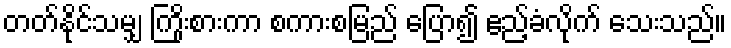
တတ်နိုင်သမျှ ကြိုးစားကာ စကားစမြည် ပြော၍ ဧည့်ခံလိုက် သေးသည်။